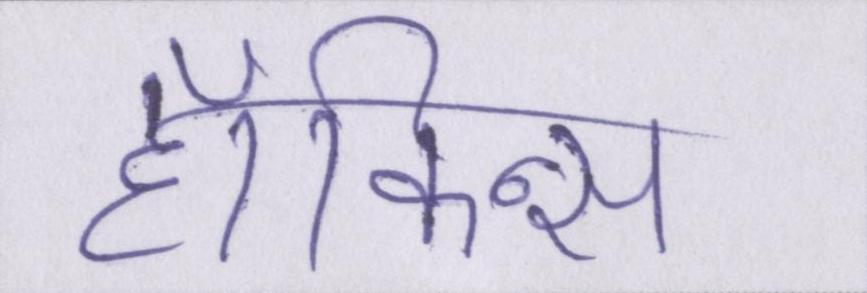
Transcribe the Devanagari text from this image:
हॉकिन्स